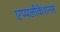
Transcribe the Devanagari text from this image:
एप्पलीकेशनस